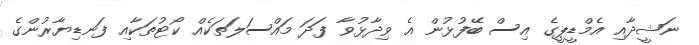
ނަޝީދާއި އެމްޑީޕީގެ އިސް ބޭފުޅުން އެ ވިދާޅުވާ ފަދަ މައްސަލަތަކެއް ކޯޓުތަކާއި ފަނޑިޔާރުންގެ